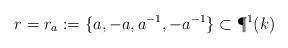
LaTeX: \begin{align*}r=r_a:=\{ a,-a,a^{-1} , -a^{-1}\} \subset \P^1(k)\end{align*}